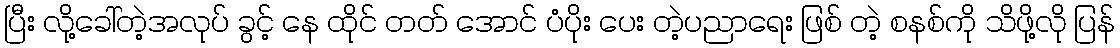
ပြီး လို့ခေါ်တဲ့အလုပ် ခွင့် နေ ထိုင် တတ် အောင် ပံပိုး ပေး တဲ့ပညာရေး ဖြစ် တဲ့ စနစ်ကို သိဖို့လို ပြန်